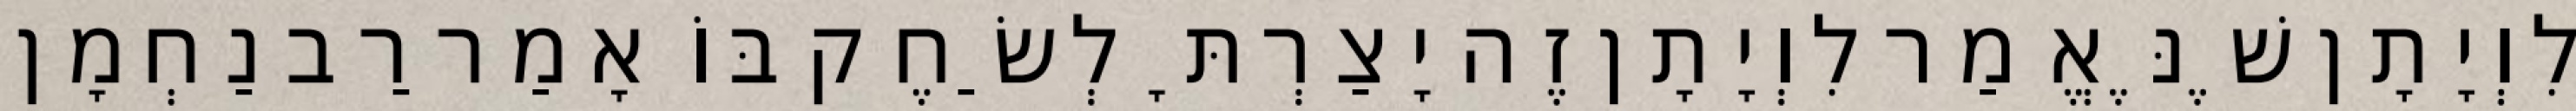
לִוְיָתָן שֶׁנֶּאֱמַר לִוְיָתָן זֶה יָצַרְתָּ לְשַׂחֶק בּוֹ אָמַר רַב נַחְמָן